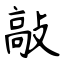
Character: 敲